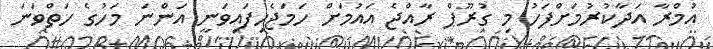
އުމްރާ އަދާކުރުމަށްފަހު މި ގުރޫޕް ރާއްޖެ އައުމަށް ހަމަޖެހިފައިވަނީ އަންނަ މަހުގެ ހަތްވަނަ